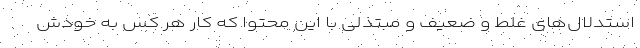
استدلال‌های غلط و ضعیف و مبتذلی با این محتوا که کار هر کس به خودش